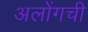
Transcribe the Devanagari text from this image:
अलोंगची